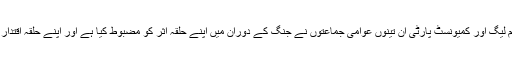
کانگریس، مسلم لیگ اور کمیونسٹ پارٹی ان تینوں عوامی جماعتوں نے جنگ کے دوران میں اپنے حلقہ اثر کو مضبوط کیا ہے اور اپنے حلقہ اقتدار کو پھیلایا ہے۔